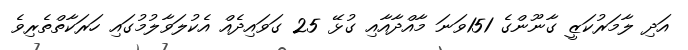
އަދި ލާމަރުކަޒީ ގާނޫންގެ 151ވަނަ މާއްދާއާއި ގުޅޭ 25 ގަވައިދެއް އެކުލަވާލުމުގައި ހަރަކާތްތެރިވެ